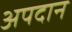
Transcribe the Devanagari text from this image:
अपदान